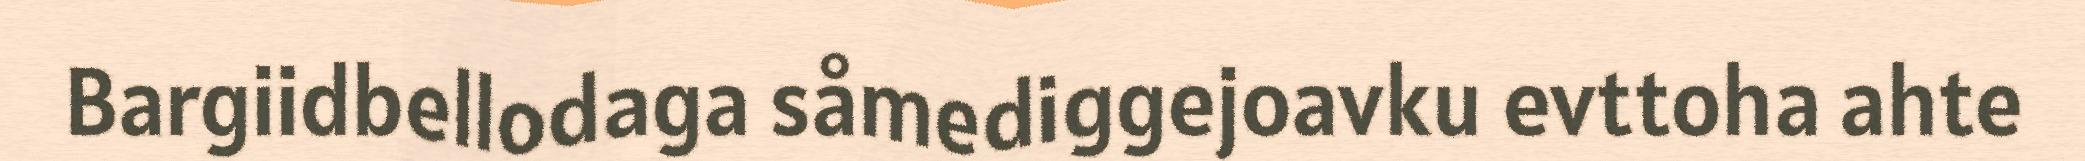
Bargiidbellodaga såmediggejoavku evttoha ahte